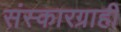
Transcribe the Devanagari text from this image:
संस्कारग्राही